Report of the Indian Hemp Drugs Commission, 1894-1895 - Volume II
Year: 1894
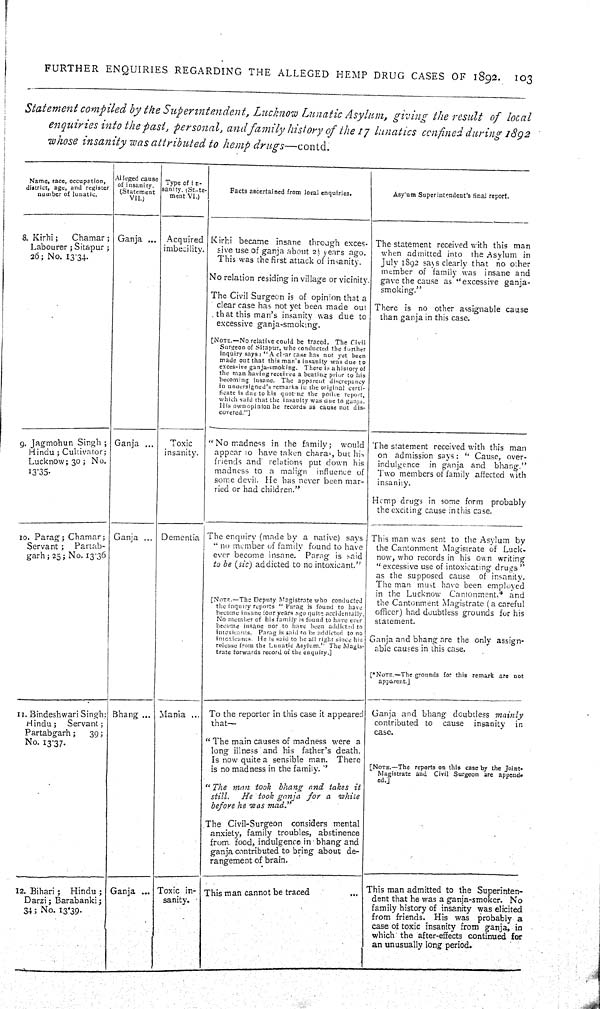
FURTHER ENQUIRIES REGARDING THE ALLEGED HEMP DRUG CASES OF 1892. 103
Statement compiled by the Superintendent, Lucknow Lunatic Asylum, giving the result of local
enquiries into the past, personal, and family history of the 17 lunatics confined during 1892
whose insanity was attributed to hemp drugs—contd.
Name, race, occupation,
district, age, and register
number of lunatic.
Alleged cause
of insanity.
(Statement
VII.)
Type of in-
sanity. (State-
ment VI.)
Facts ascertained from local enquiries.
Asylum Superintendent's final report.
8. Kirhi;
Chamar;
Labourer; Sitapur;
36; No. 13.34.
Ganja
Acquired
imbecility.
Kirhi became insane through exces-
sive use of ganja about 2½ years ago.
This was the first attack of insanity.
No relation residing in village or vicinity.
The Civil Surgeon is of opinion that a
clear case has not yet been made out
that this man's insanity was due to
excessive ganja-smoking.
[NOTE.—No relative could be traced. The Civil
Surgeon of Sitapur, who conducted the further
inquiry says: "A clear case has not yet been
made out that this man's insanity was due to
excessive ganja-smoking. There is a history of
the man having received a beating prior to his
becoming insane. The apparent discrepancy
in undersigned's remarks in the original certi-
ficate is due to his quoting the police report,
which said that the insanity was due to ganja.
His own opinion he records as cause not dis-
covered."]
The statement received with this man
when admitted into the Asylum in
July 1892 says clearly that no other
member of family was insane and
gave the cause as "excessive ganja-
smoking."
There is no other assignable cause
than ganja in this case.
9. Jagmohun Singh;
Hindu; Cultivator;
Lucknow; 30; No.
13.35.
Ganja
Toxic
insanity.
"No madness in the family; would
appear to have taken charas, but his
friends and relations put down his
madness to a malign influence of
some devil. He has never been mar-
ried or had children."
The statement received with this man
on admission says: "Cause, over-
indulgence in ganja and bhang."
Two members of family affected with
insanity.
Hemp drugs in some form probably
the exciting cause in this case.
10. Parag; Chamar;
Servant; Partab-
garh; 25; No. 13.36
Ganja
Dementia The enquiry (made by a native) says
"no member of family found to have
ever become insane. Parag is said
to be (sic) addicted to no intoxicant."
[NOTE.—The Deputy Magistrate who conducted
the inquiry reports "Parag is found to have
become insane four years ago quite accidentally.
No member of his family is found to have ever
become insane nor to have been addicted to
intoxicants. Parag is said to be addicted to no
intoxicants. He is said to be all right since his
release from the Lunatic Asylum." The Magis-
trate forwards record of the enquiry.]
This man was sent to the Asylum by
the Cantonment Magistrate of Luck-
now, who records in his own writing
"excessive use of intoxicating drugs"
as the supposed cause of insanity.
The man must have been employed
in the Lucknow Cantonment,* and
the Cantonment Magistrate (a careful
officer) had doubtless grounds for his
statement.
Ganja and bhang are the only assign-
able causes in this case.
[*NOTE.—The grounds for this remark are not
apparent.]
11. Bindeshwari Singh;
Hindu; Servant;
Partabgarh;
39;
No. 13.37.
Bhang
Mania
To the reporter in this case it appeared
that—
"The main causes of madness were a
long illness and his father's death.
Is now quite a sensible man. There
is no madness in the family."
"The man took bhang and takes it
still.
He took ganja for a while
before he was mad."
The Civil-Surgeon considers mental
anxiety, family troubles, abstinence
from food, indulgence in bhang and
ganja contributed to bring about de-
rangement of brain.
Ganja and bhang doubtless mainly
contributed to cause insanity in
case.
[NOTE.—The reports on this case by the Joint-
Magistrate and Civil Surgeon are append-
ed.]
12. Bihari;
Hindu;
Darzi; Barabanki;
34; No. 13.39.
Ganja
Toxic in-
sanity.
This man cannot be traced
This man admitted to the Superinten-
dent that he was a ganja-smoker. No
family history of insanity was elicited
from friends. His was probably a
case of toxic insanity from ganja, in
which the after-effects continued for
an unusually long period.